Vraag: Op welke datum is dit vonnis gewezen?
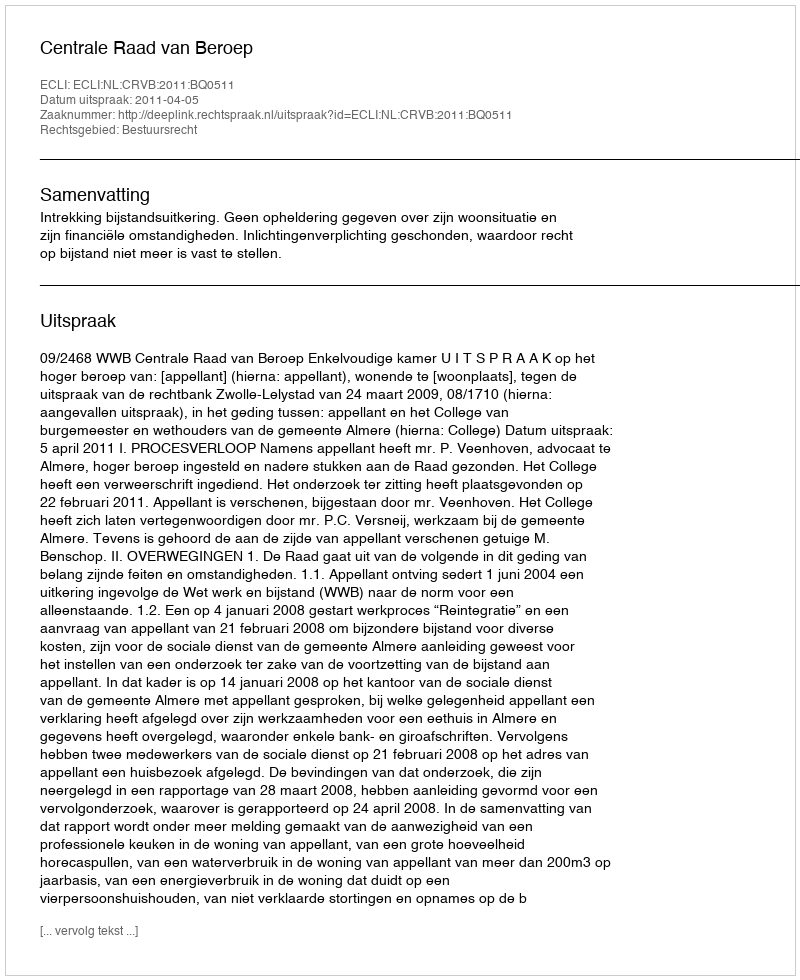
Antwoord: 2011-04-05